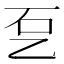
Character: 乭